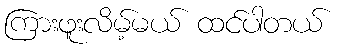
ကြားဖူးလိမ့်မယ် ထင်ပါတယ်